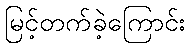
မြင့်တက်ခဲ့ကြောင်း